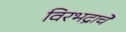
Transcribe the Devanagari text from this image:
विरभद्राचे